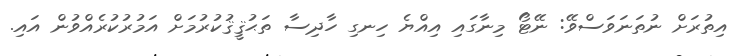
އިތުރަށް ނުތަނަވަސްވޭ: ނޭޓޯ މިނާގައި އިއްޔެ ހިނގި ހާދިސާ ތަޙުޤީޤުކުރުމަށް އަމުރުކުރެއްވުން އައި.